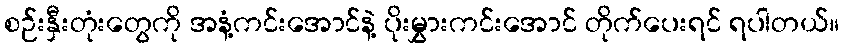
စဉ်းနှီးတုံးတွေကို အနံ့ကင်းအောင်နဲ့ ပိုးမွှားကင်းအောင် တိုက်ပေးရင် ရပါတယ်။